65_HS1-834228961_62-HQ-83894_Serial_130
Agency: FBI
Page 56
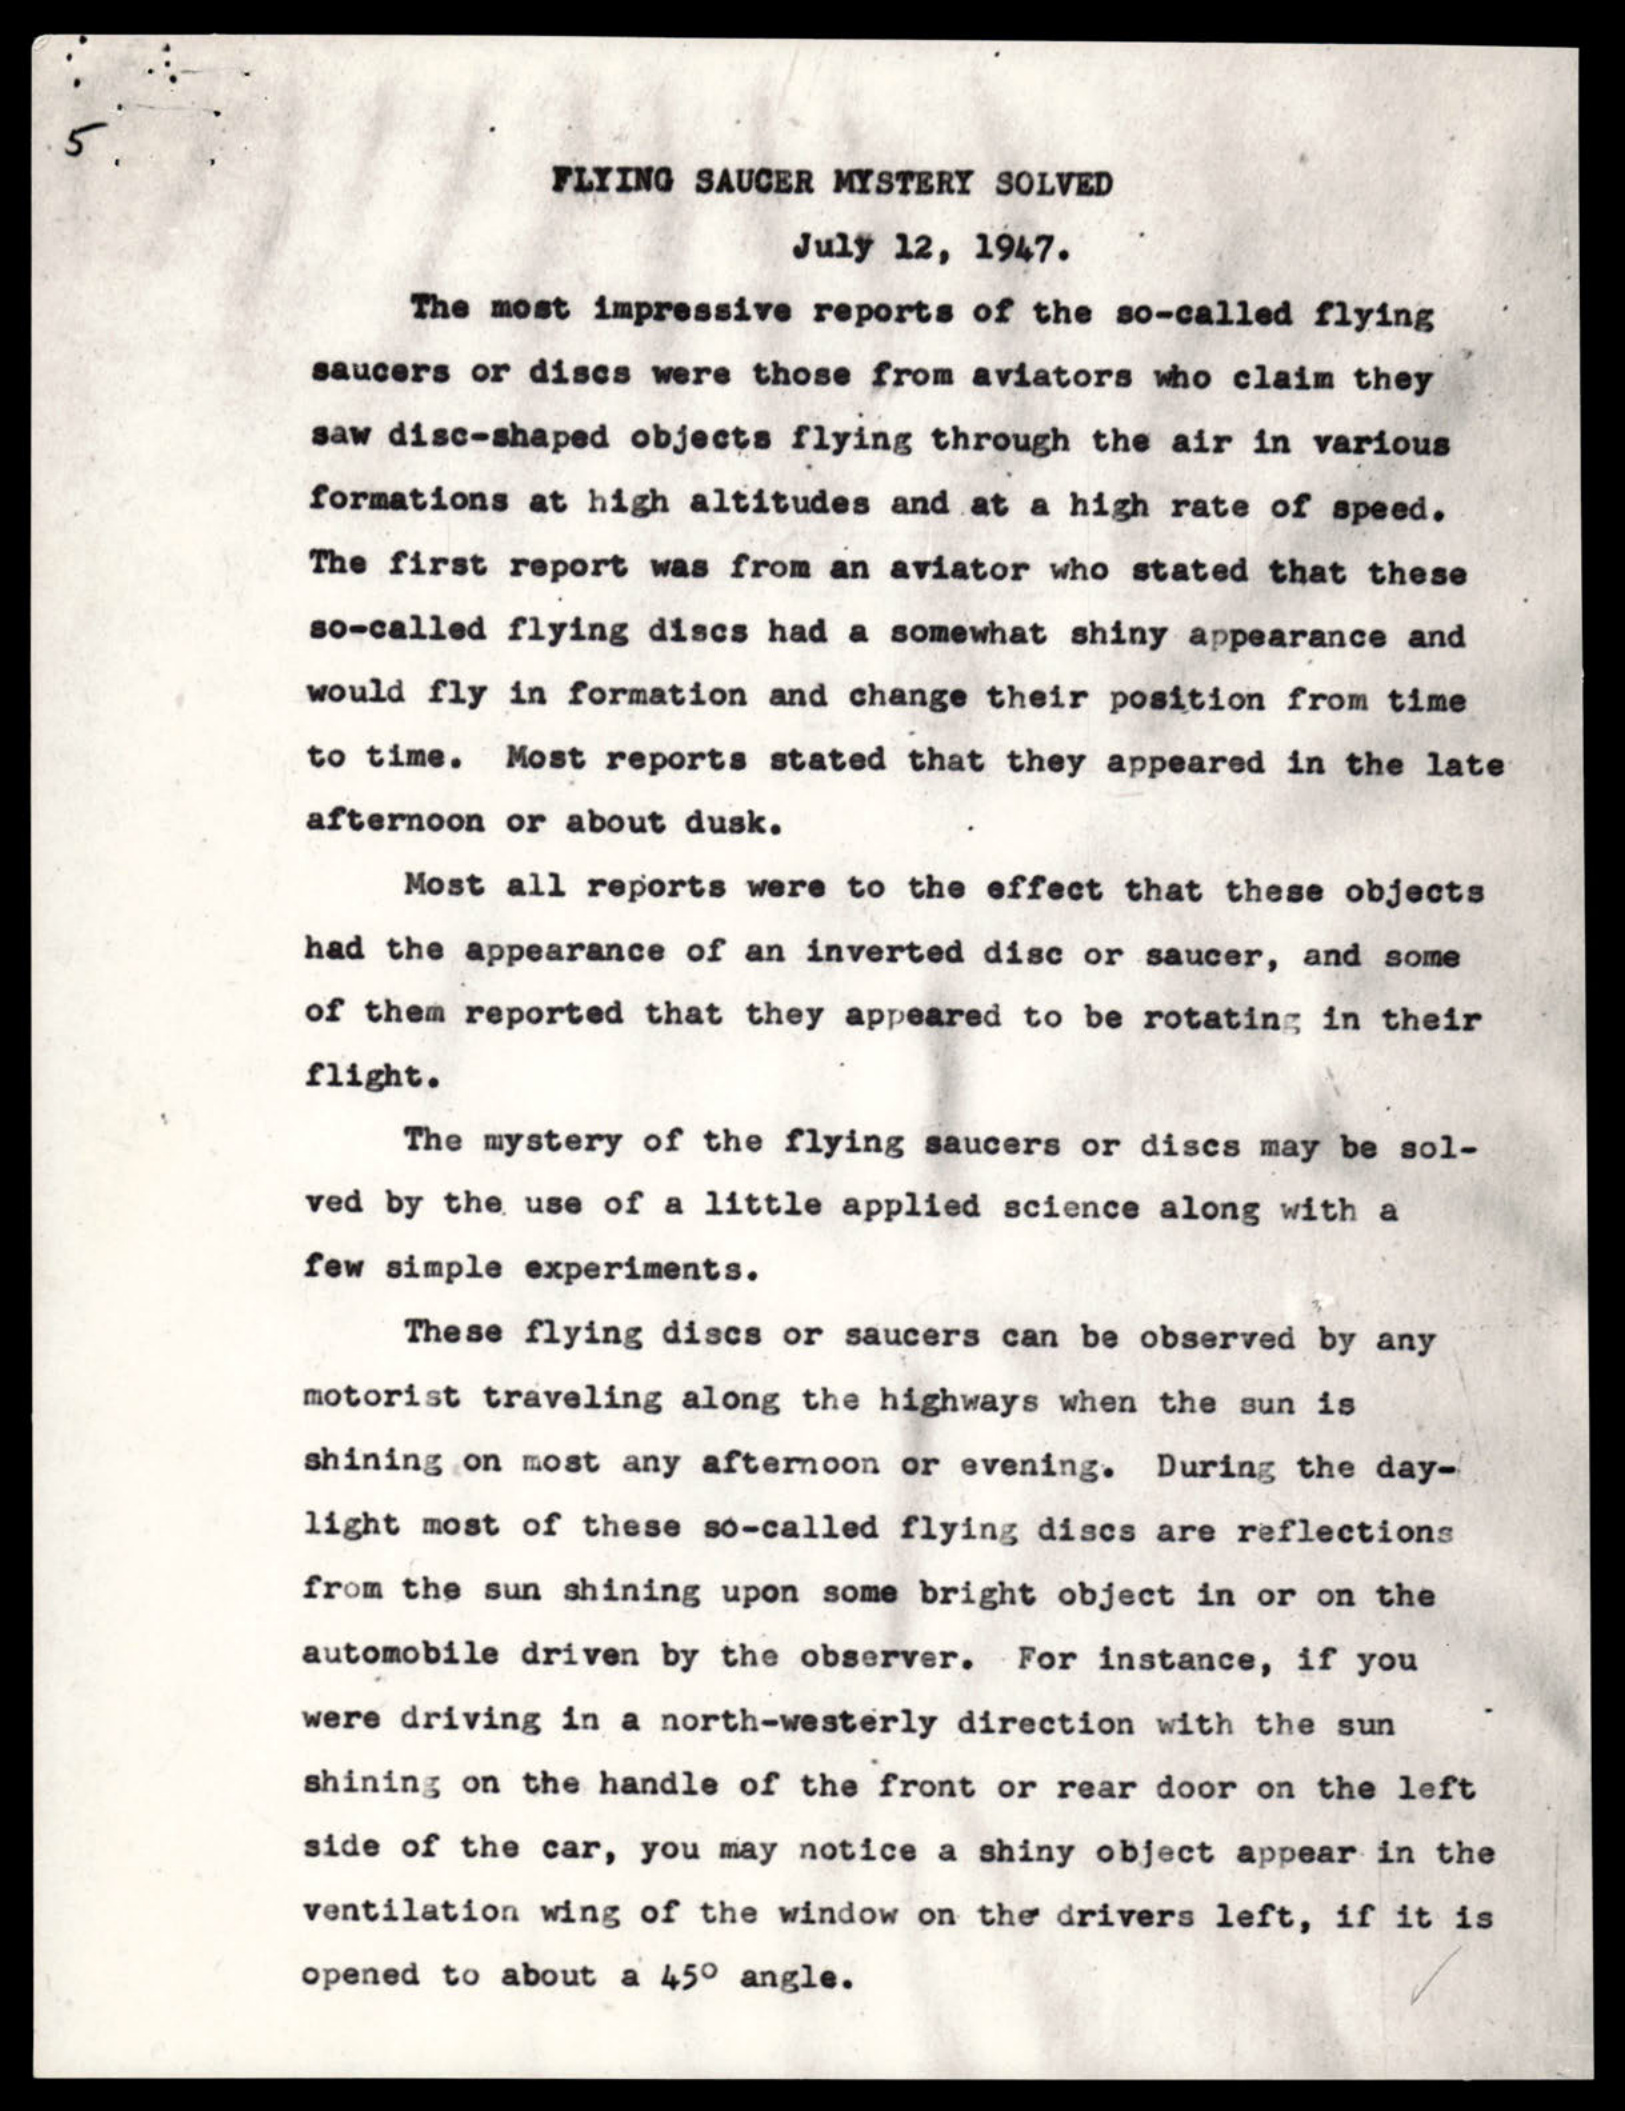